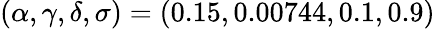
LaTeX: (\alpha,\gamma,\delta,\sigma)=(0.15,0.00744,0.1,0.9)